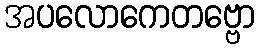
အပလောကေတဗ္ဗော